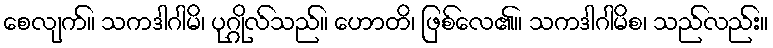
စေလျက်။ သကဒါဂါမိ၊ ပုဂ္ဂိုလ်သည်။ ဟောတိ၊ ဖြစ်လေ၏။ သကဒါဂါမိစ၊ သည်လည်း။